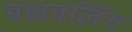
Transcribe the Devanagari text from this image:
बसवलिंग